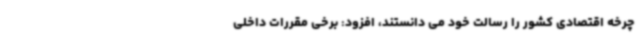
چرخه اقتصادی کشور را رسالت خود می دانستند، افزود: برخی مقررات داخلی